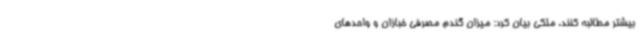
بیشتر مطالبه کنند. ملکی بیان کرد: میزان گندم مصرفی خبازان و واحدهای